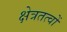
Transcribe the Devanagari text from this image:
क्षेत्रतत्वों